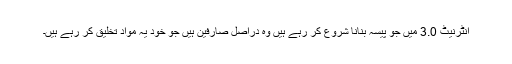
انٹرنیٹ 3.0 میں جو پیسہ بنانا شروع کر رہے ہیں وہ دراصل صارفین ہیں جو خود یہ مواد تخلیق کر رہے ہیں۔